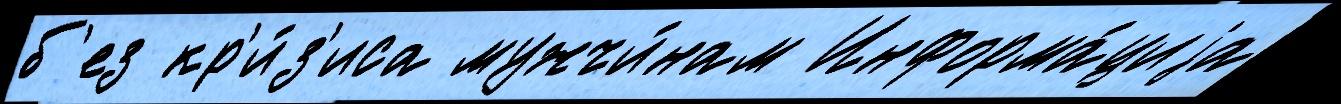
б'ез кр'и́з'иса мужчи́нам Информа́циjа